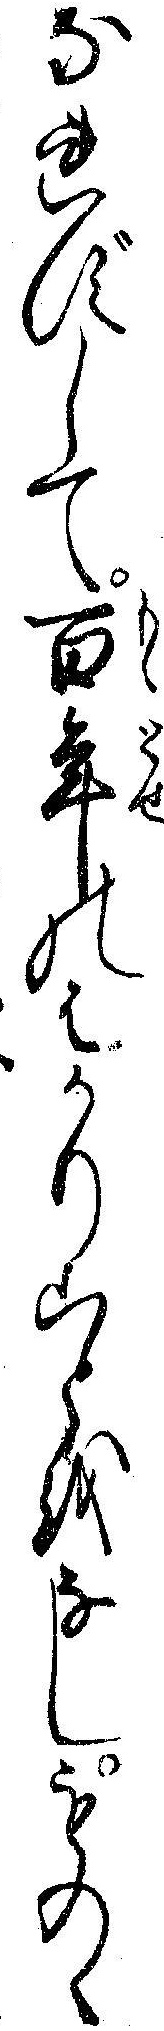
なれずして百年のはかりことをなしものゝ